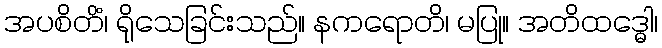
အပစိတိံ၊ ရိုသေခြင်းသည်။ နကရောတိ၊ မပြု။ အတိထဒ္ဓေါ၊